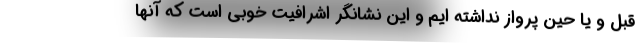
قبل و یا حین پرواز نداشته ایم و این نشانگر اشرافیت خوبی است که آنها